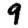
Digit: 9